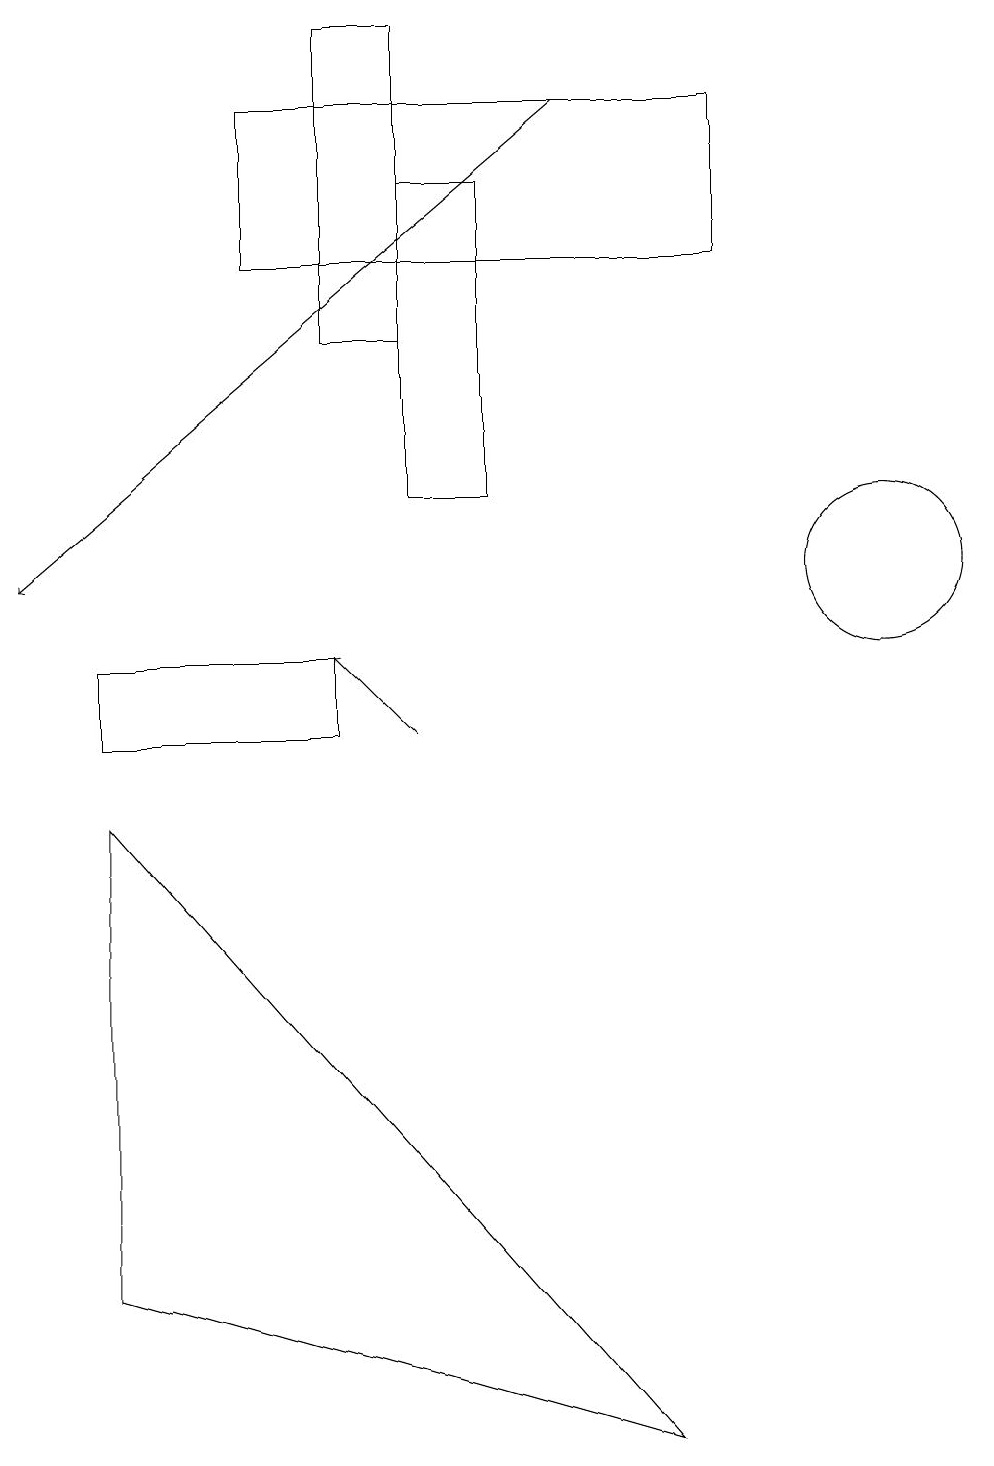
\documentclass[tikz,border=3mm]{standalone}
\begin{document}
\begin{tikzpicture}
\draw (5,19) rectangle (4,15);
\draw (6,13) rectangle (5,17);
\draw (1,10) rectangle (4,11);
\draw (11,12) circle (1);
\draw (1,9) -- (8,1) -- (1,3) -- cycle;
\draw[->] (7,18) -- (0,12);
\draw[->] (5,10) -- (4,11);
\draw (9,18) rectangle (3,16);
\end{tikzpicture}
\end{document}